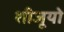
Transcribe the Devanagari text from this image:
शीजूयो